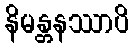
နိမန္တနဿာပိ